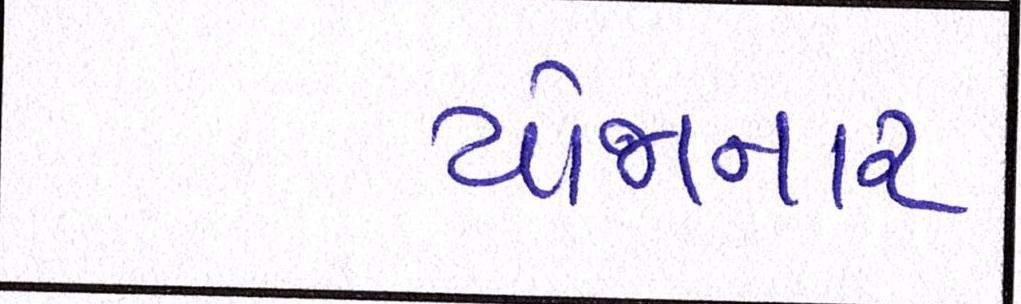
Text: યોજાનાર